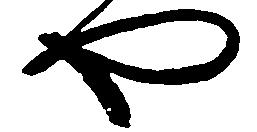
や